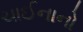
ચાઈનાનો